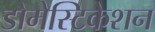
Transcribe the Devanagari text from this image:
डोमेस्टिकेशन